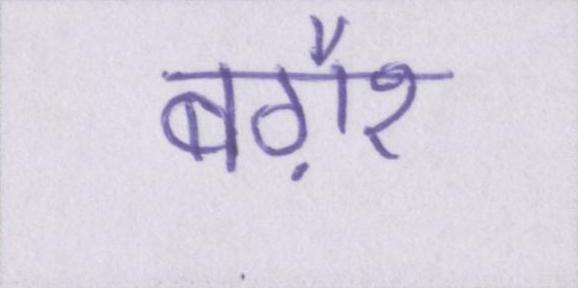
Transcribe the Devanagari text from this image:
बग़ैर